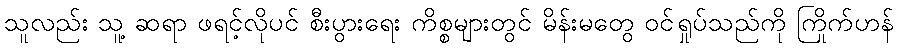
သူလည်း သူ့ ဆရာ ဖရင့်လိုပင် စီးပွားရေး ကိစ္စများတွင် မိန်းမတွေ ဝင်ရှုပ်သည်ကို ကြိုက်ဟန်